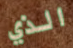
الذي